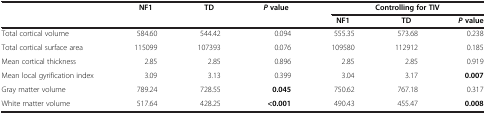
<table><thead><tr><td><b> </b></td><td><b>NF1</b></td><td><b>TD</b></td><td><b><i>P </i>value</b></td><td colspan="3"><b>Controlling for TIV</b></td></tr><tr><td><b> </b></td><td><b> </b></td><td><b> </b></td><td><b> </b></td><td><b>NF1</b></td><td><b>TD</b></td><td><b><i>P </i>value</b></td></tr></thead><tbody><tr><td>Total cortical volume</td><td>584.60</td><td>544.42</td><td>0.094</td><td>555.35</td><td>573.68</td><td>0.238</td></tr><tr><td>Total cortical surface area</td><td>115099</td><td>107393</td><td>0.076</td><td>109580</td><td>112912</td><td>0.185</td></tr><tr><td>Mean cortical thickness</td><td>2.85</td><td>2.85</td><td>0.896</td><td>2.85</td><td>2.85</td><td>0.919</td></tr><tr><td>Mean local gyrification index</td><td>3.09</td><td>3.13</td><td>0.399</td><td>3.04</td><td>3.17</td><td><b>0.007</b></td></tr><tr><td>Gray matter volume</td><td>789.24</td><td>728.55</td><td><b>0.045</b></td><td>750.62</td><td>767.18</td><td>0.317</td></tr><tr><td>White matter volume</td><td>517.64</td><td>428.25</td><td><b>&lt;0.001</b></td><td>490.43</td><td>455.47</td><td><b>0.008</b></td></tr></tbody></table>